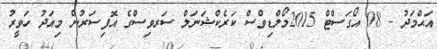
އަޙްމަދު - 08 އޯގަސްޓް 2015މޯލްޑިވްސް ކަރެކްޝަނަލް ސަރވިސްގެ އޮފިސަރުން މިއަދު ހަވީރު